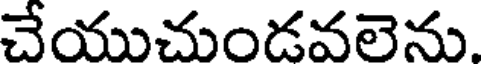
చేయుచుండవలెను.